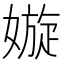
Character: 嫙